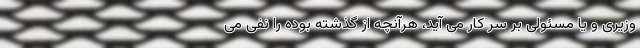
وزیری و یا مسئولی بر سر کار می آید، هرآنچه از گذشته بوده را نفی می